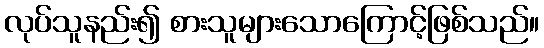
လုပ်သူနည်း၍ စားသူများသောကြောင့်ဖြစ်သည်။